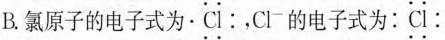
B.氯原子的电子式为·\ddot{Cl}：，Cl^{-}的电子式为：\ddot{Cl}：